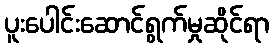
ပူးပေါင်းဆောင်ရွက်မှုဆိုင်ရာ